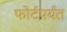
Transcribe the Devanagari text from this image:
फोर्टपर्यंत